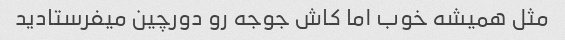
مثل همیشه خوب اما کاش جوجه رو دورچین میفرستادید